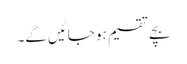
بچے تقسیم ہو جائیں گے۔